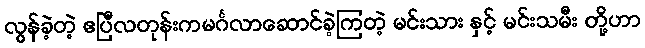
လွန်ခဲ့တဲ့ ဧပြီလတုန်းကမင်္ဂလာဆောင်ခဲ့ကြတဲ့ မင်းသား နှင့် မင်းသမီး တို့ဟာ